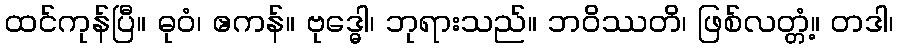
ထင်ကုန်ပြီ။ ဓုဝံ၊ ဧကန်။ ဗုဒ္ဓေါ၊ ဘုရားသည်။ ဘဝိဿတိ၊ ဖြစ်လတ္တံ့။ တဒါ၊